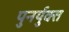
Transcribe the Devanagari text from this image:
पुनर्युक्त